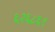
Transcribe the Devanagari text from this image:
६२६८६९